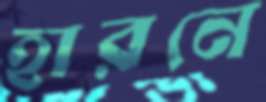
হারনে